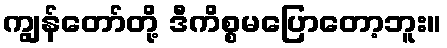
ကျွန်တော်တို့ ဒီကိစ္စမပြောတော့ဘူး။